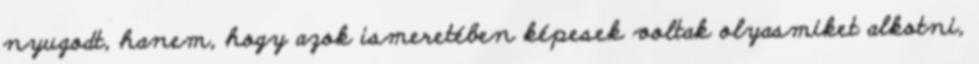
nyugodt, hanem, hogy azok ismeretében képesek voltak olyasmiket alkotni,